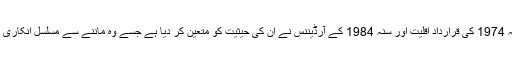
’سنہ 1974 کی قراردادِ اقلیت اور سنہ 1984 کے آرڈیننس نے ان کی حیثیت کو متعین کر دیا ہے جسے وہ ماننے سے مسلسل انکاری ہیں۔